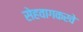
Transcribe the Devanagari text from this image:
सेहवागकरवे